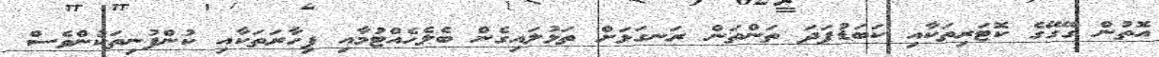
އޮތުން ގޭގޭގެ ކޮޓަރިތަކާއި ކަބަޑުފަދަ ތަންތަން ރަނގަޅަށް ތަޅުލައިގެން ބެލެހެއްޓުމާއި ފިހާރަތަކާއި ކުންފުނިތަކުންވެސް